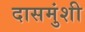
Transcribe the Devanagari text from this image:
दासमुंशी